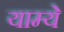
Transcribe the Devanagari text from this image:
याम्ये